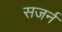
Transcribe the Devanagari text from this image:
सजर्न